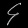
Digit: ၄